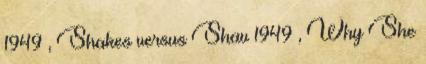
1949 , Shakes versus Shav 1949 , Why She